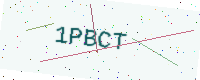
Text: 1PBCT